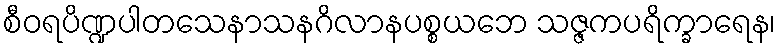
စီဝရပိဏ္ဍပါတသေနာသနဂိလာနပစ္စယဘေ သဇ္ဇကပရိက္ခာရေန၊